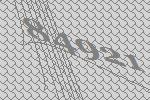
84921